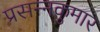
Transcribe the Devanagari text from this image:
प्रसन्‍नकुमार